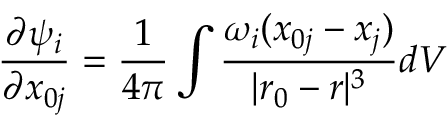
\frac { \partial \psi _ { i } } { \partial x _ { 0 j } } = \frac { 1 } { 4 \pi } \int \frac { \omega _ { i } ( x _ { 0 j } - x _ { j } ) } { | \boldsymbol { r _ { 0 } } - \boldsymbol { r } | ^ { 3 } } d V